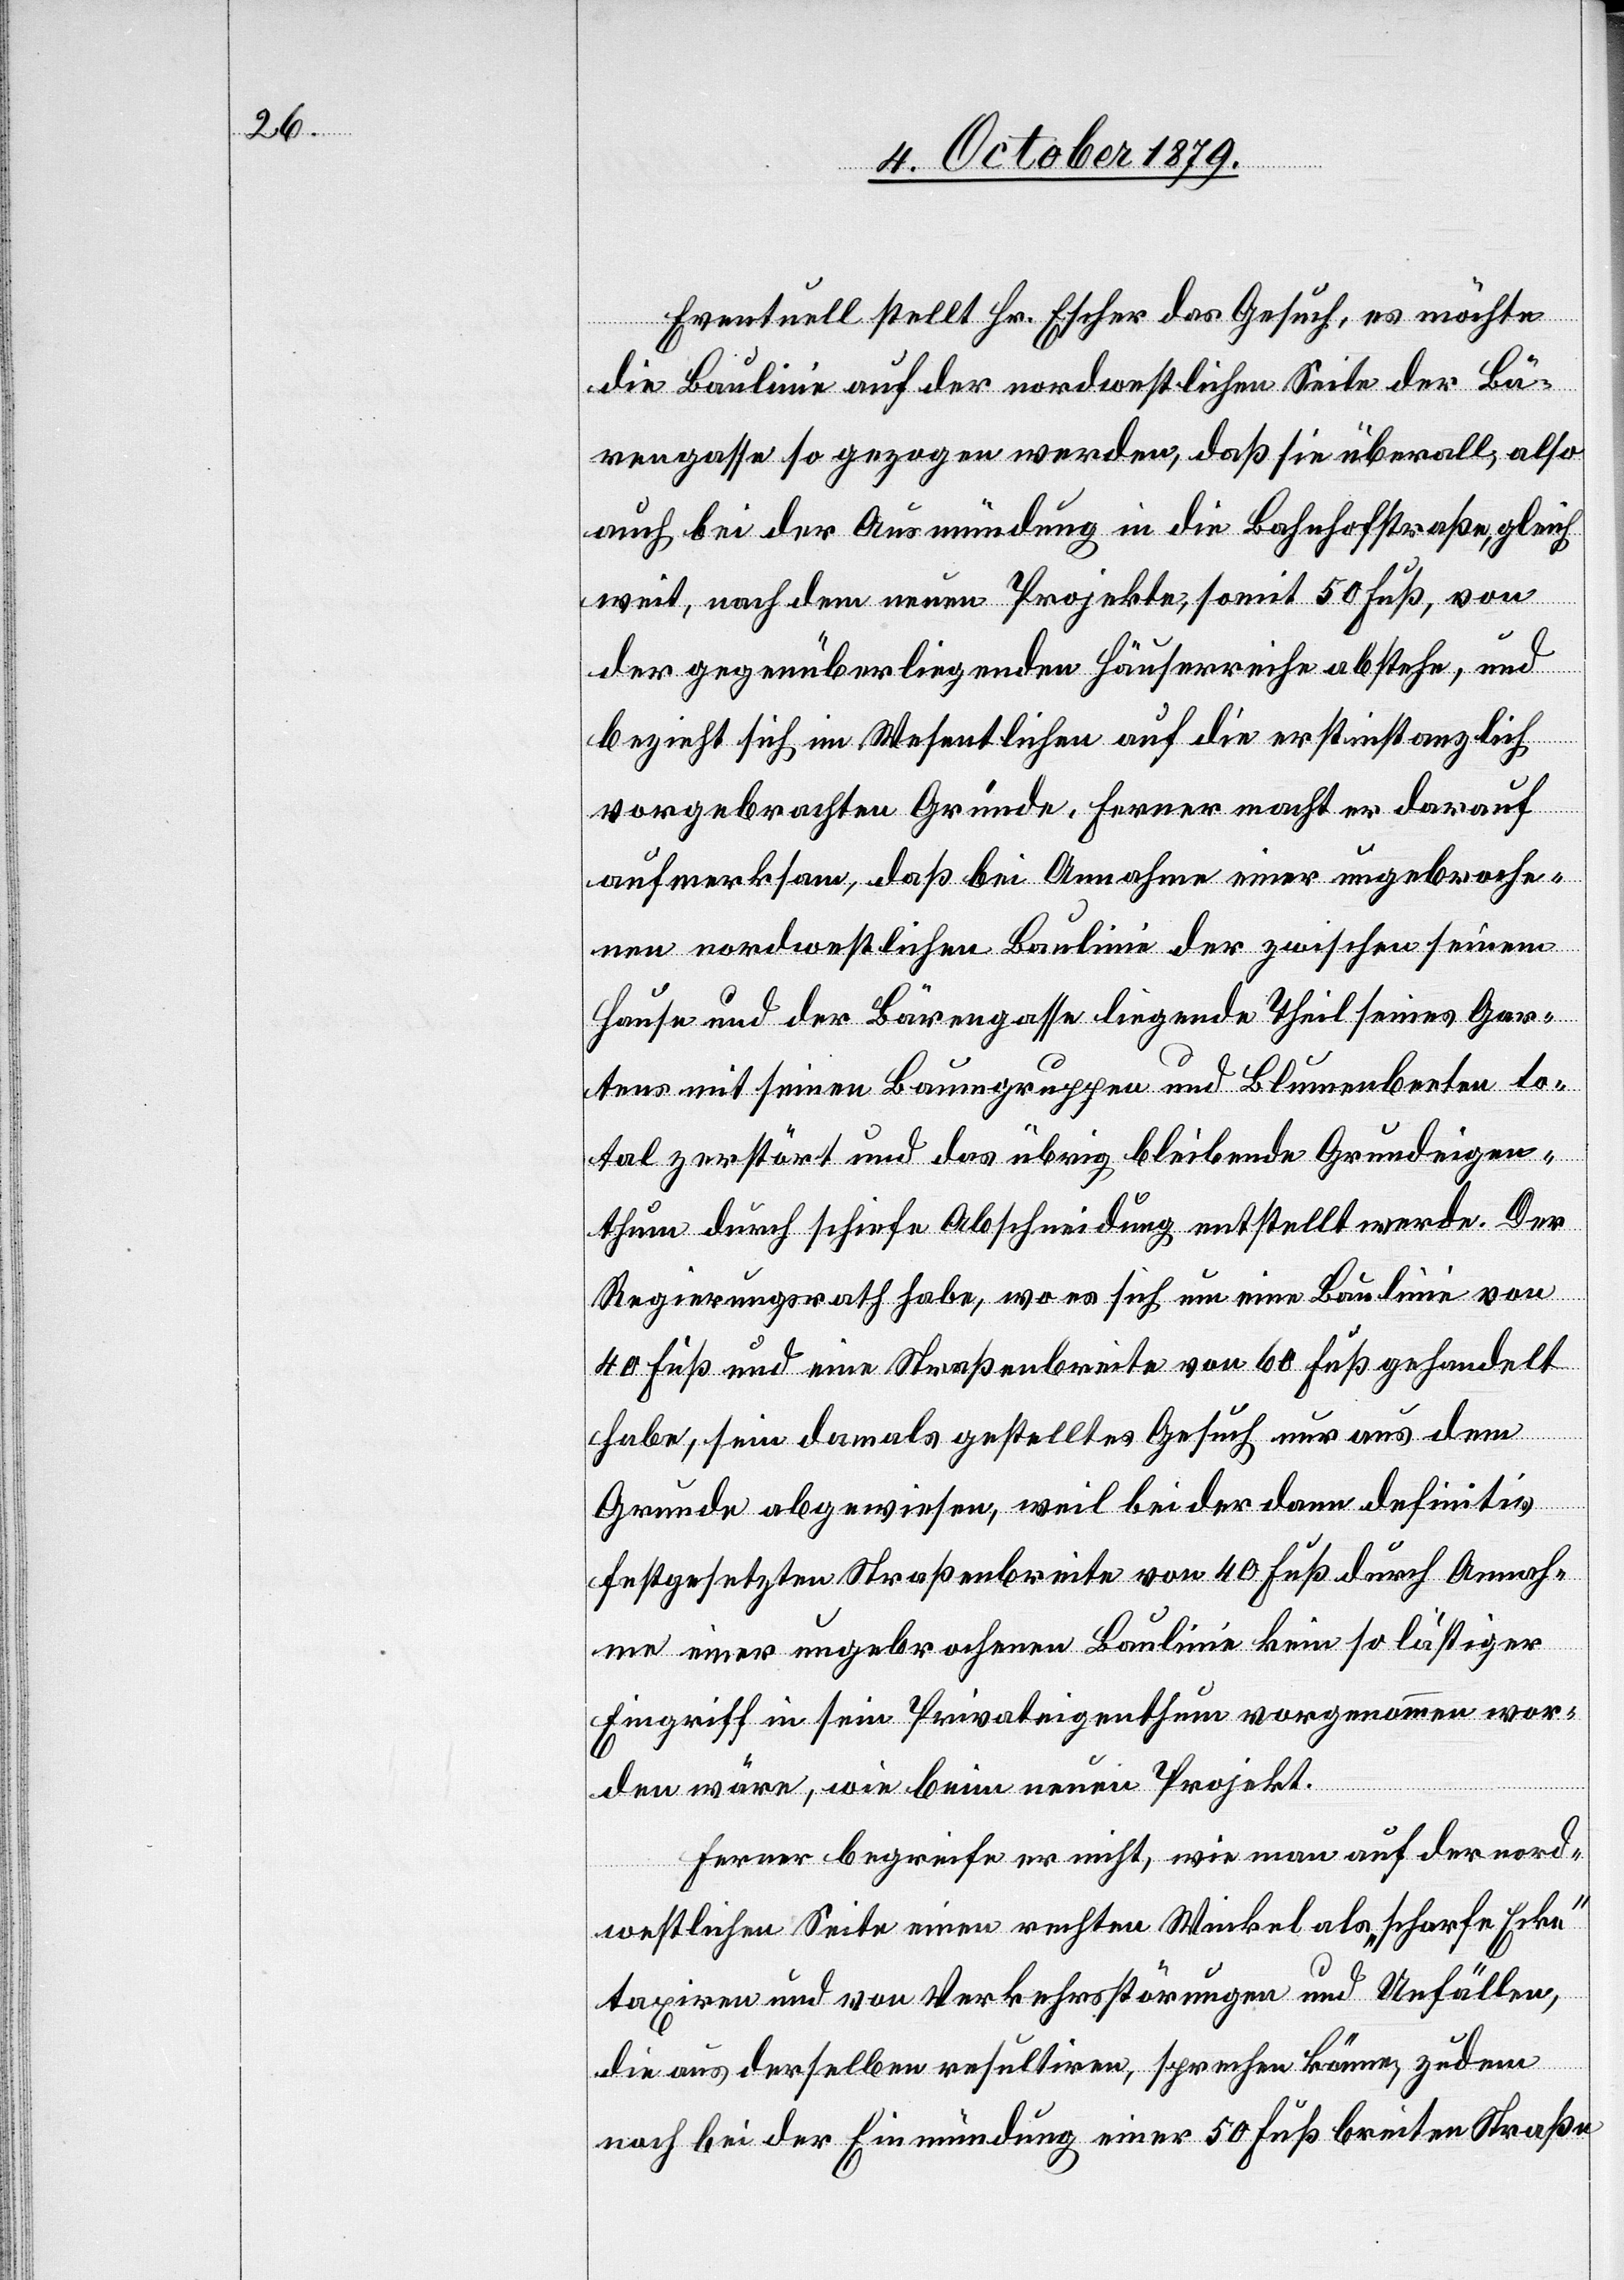
Eventuell stellt Hr. Escher das Gesuch, es möchte
die Baulinie auf der nordwestlichen Seite der Bä¬
rengasse so gezogen werden, daß sie überall, also
auch bei der Ausmündung in die Bahnhofstraße, gleich
weit, nach dem neuen Projekte, somit 50 Fuß, von
der gegenüberliegenden Häuserreihe abstehe, und
bezieht sich im Wesentlichen auf die erstinstanzlich
vorgebrachten Gründe. Ferner macht er darauf
aufmerksam, daß bei Annahme einer ungebroche¬
nen nordwestlichen Baulinie der zwischen seinem
Hause und der Bärengasse liegende Theil seines Gar¬
tens mit seinen Baumgruppen und Blumenbeeten to¬
tal zerstört und das übrig bleibende Grundeigen¬
thum durch schiefe Abschneidung entstellt werde. Der
Regierungsrath habe, wo er sich um eine Baulinie von
40 Fuß und eine Straßenbreite von 60 Fuß gehandelt
habe, sein damals gestelltes Gesuch nur aus dem
Grunde abgewiesen, weil bei der dann definitiv
festgesetzten Straßenbreite von 40 Fuß durch Annah¬
me einer ungebrochenen Baulinie kein so lästiger
Eingriff in sein Privateigenthum vorgenommen wor¬
den wäre, wie beim neuen Projekt.
Ferner begreife er nicht, wie man auf der nord¬
westlichen Seite einen rechten Winkel als „scharfe Ecke“
taxiren und von Verkehrsstörungen und Unfällen,
die aus derselben resultiren, sprechen könne, zudem
noch bei der Einmündung einer 50 Fuß breiten Straße